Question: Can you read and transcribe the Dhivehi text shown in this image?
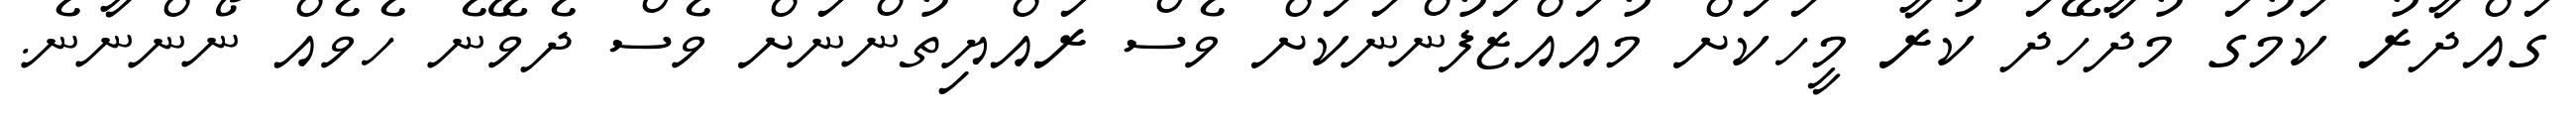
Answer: ގައްދާރު ކަމުގަ މުދާހޭދަ ކުރާ މީހަކަށް މުއައްޒަފުންނަކަށް ވެސް ރައްޔިތުންނަށް ވެސް ދެވޭނެ ހެވެއް ނޯންނާނެ.